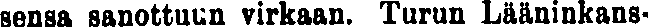
sensa sanottuun virkaan. Turun Lääninkans-